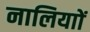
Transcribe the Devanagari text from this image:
नालियाों